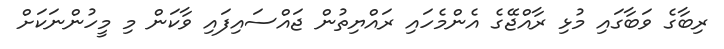
ރިބާގެ ވަބާގައި މުޅި ރާއްޖޭގެ އެންމެހައި ރައްޔިތުން ޖައްސައިފައި ވާކަން މި މީހުންނަކަށް